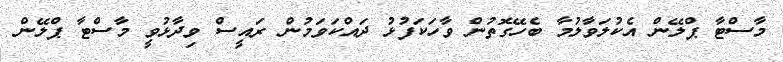
މާސްޓާ ޕްލޭން އެކުލަވާލުމާ ބެހޭގޮތުން ވާހަކަފުޅު ދައްކަވަމުން ރައީސް ވިދާޅުވީ މާސްޓާ ޕްލޭން